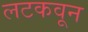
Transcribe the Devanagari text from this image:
लटकवून